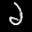
Label: 2